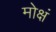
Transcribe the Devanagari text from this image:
मोक्षं